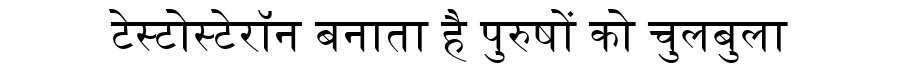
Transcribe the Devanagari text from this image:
टेस्टोस्टेरॉन बनाता है पुरुषों को चुलबुला